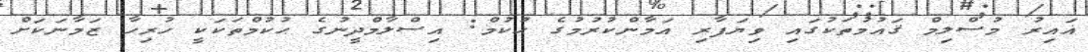
ޣައިރު މުސްލިމް ޤައުމުތަކުގައި ވިޔަފާރި އަމާންކުރުމުގެ ޙުކުމް: އިސްލާމްދީނުގެ ޙުކުމްތަކަކީ ހުރިހާ ޒަމާނަކަށް